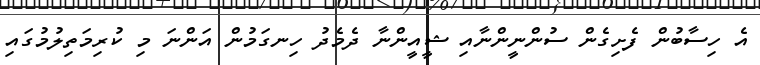
އެ ހިސާބުން ފެށިގެން ސުންނީންނާއި ޝީއީންނާ ދެމެދު ހިނގަމުން އަންނަ މި ކުރިމަތިލުމުގައި